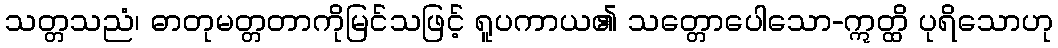
သတ္တသညံ၊ ဓာတုမတ္တတာကိုမြင်သဖြင့် ရူပကာယ၏ သတ္တောပေါသော-ဣတ္ထိ ပုရိသောဟု